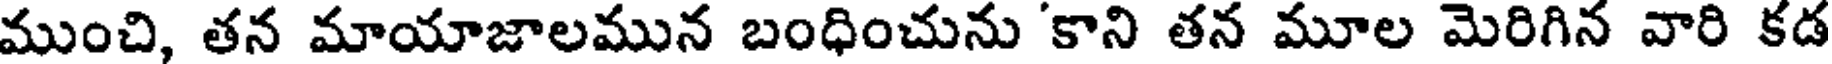
ముంచి, తన మాయాజాలమున బంధించును 'కాని తన మూల మెరిగిన వారి కడ